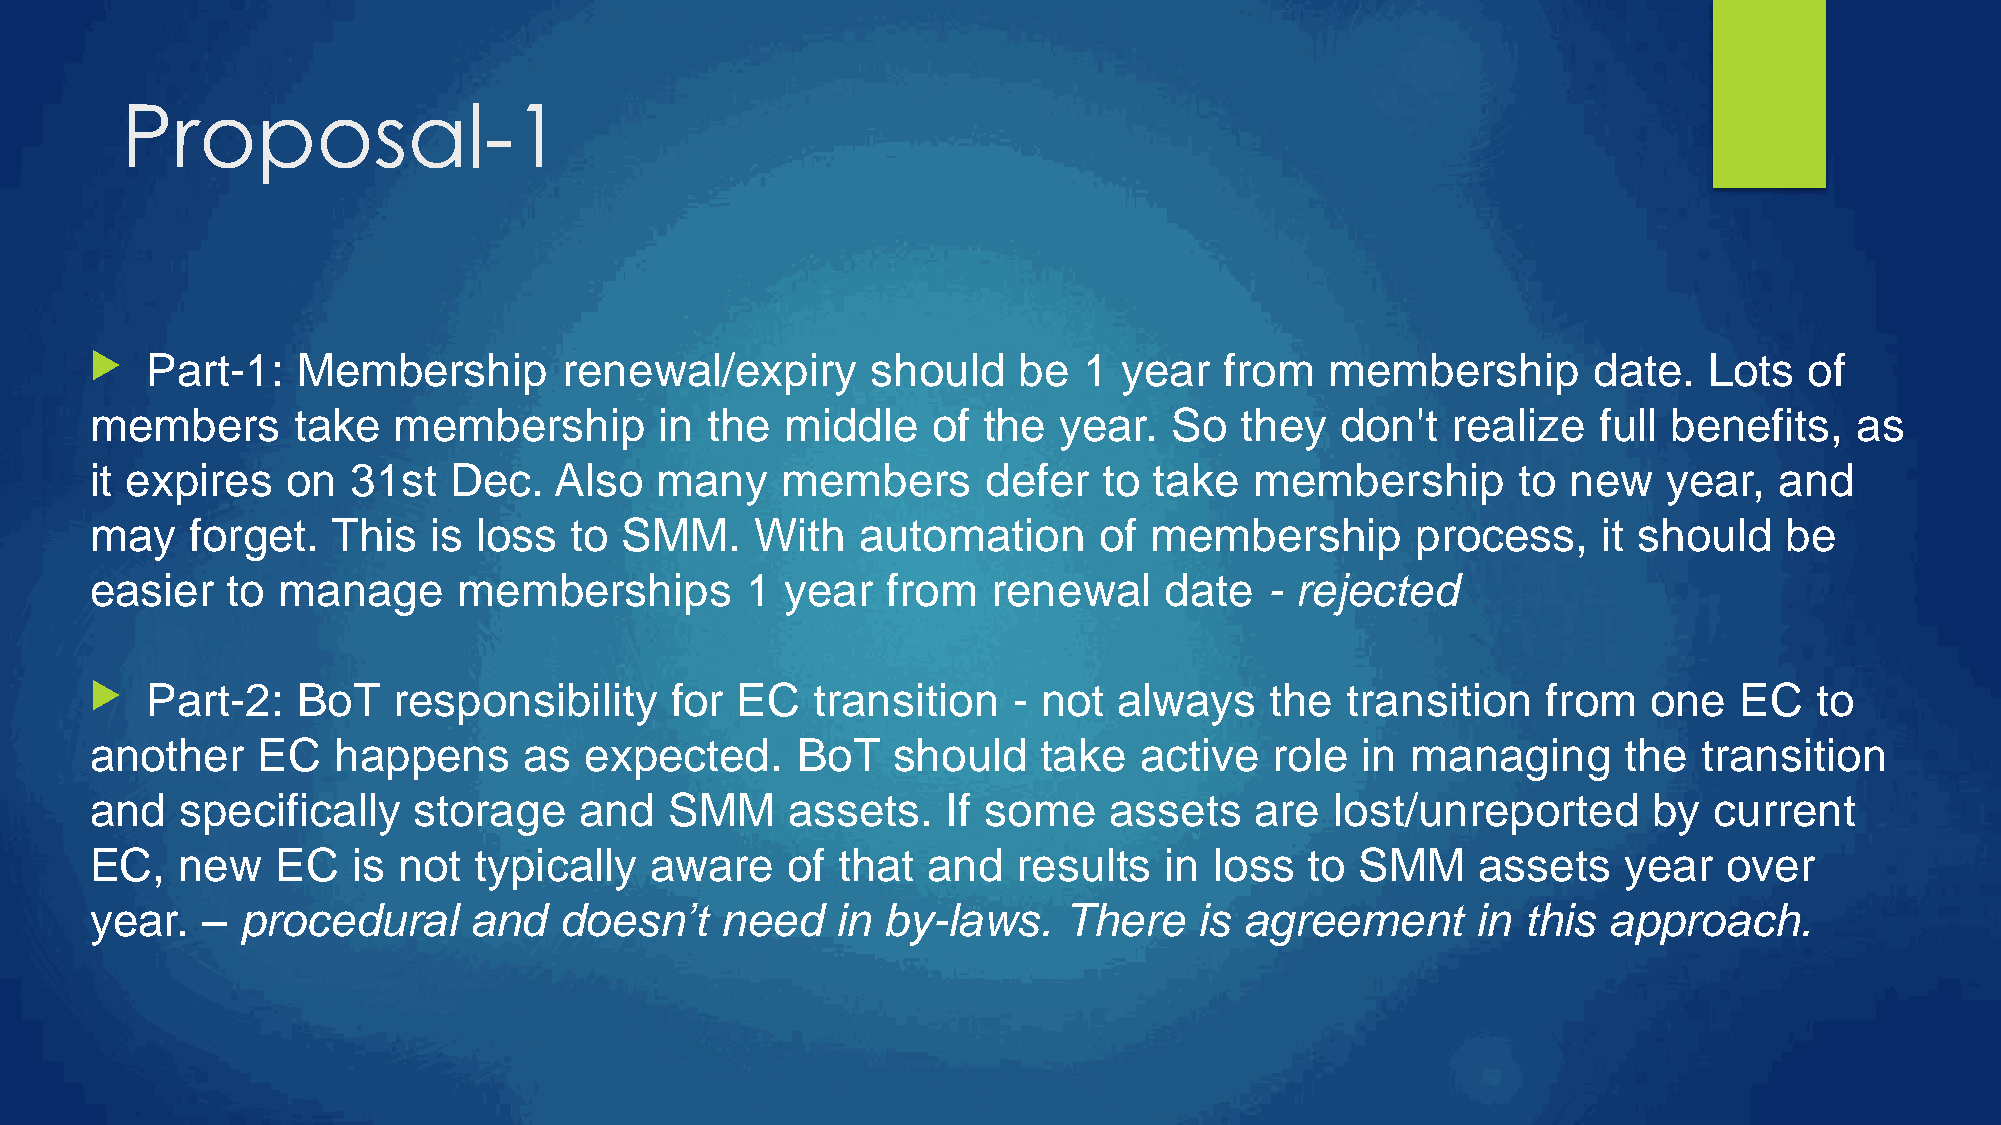
Proposal-1
    Part-1:   Membership       renewal/expiry       should   be   1 year   from   membership       date.   Lots   of
 members      take   membership        in the  middle    of the  year.   So  they   don't  realize   full benefits,   as
 it expires   on  31st   Dec.   Also  many     members      defer   to take   membership       to  new   year,   and
 may    forget.  This   is loss  to SMM.     With   automation      of membership        process,    it should   be
 easier   to manage      memberships        1  year   from   renewal    date   - rejected
    Part-2:   BoT   responsibility    for  EC   transition   - not  always    the  transition   from   one   EC   to
 another    EC   happens      as  expected.     BoT   should    take  active   role  in managing       the  transition
 and   specifically   storage    and   SMM     assets.    If some   assets    are  lost/unreported      by  current
 EC,   new   EC   is not  typically   aware    of that  and   results   in loss   to SMM     assets   year   over
 year.  –  procedural     and   doesn’t    need   in by-laws.    There    is agreement       in this approach.